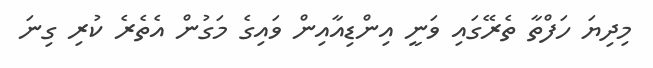
މިދިޔަ ހަފްތާ ތެރޭގައި ވަނީ އިންޑިއާއިން ވައިގެ މަގުން އެތެރެ ކުރި ގިނަ